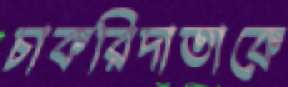
চাকরিদাতাকে